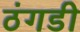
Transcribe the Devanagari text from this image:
ठंगडी